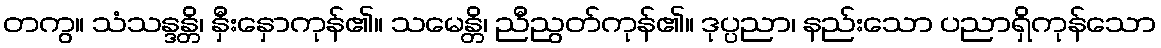
တကွ။ သံသန္ဒန္တိ၊ နှီးနှောကုန်၏။ သမေန္တိ၊ ညီညွတ်ကုန်၏။ ဒုပ္ပညာ၊ နည်းသော ပညာရှိကုန်သော